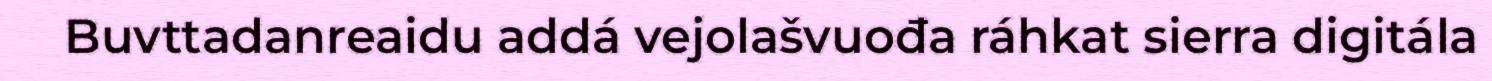
Buvttadanreaidu addá vejolašvuođa ráhkat sierra digitála